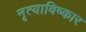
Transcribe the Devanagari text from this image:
नृत्याविष्कार